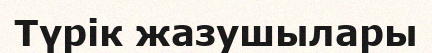
Түрік жазушылары